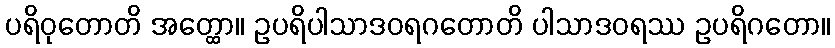
ပရိဝုတောတိ အတ္ထော။ ဥပရိပါသာဒဝရဂတောတိ ပါသာဒဝရဿ ဥပရိဂတော။